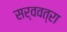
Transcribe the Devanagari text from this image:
सर्ववत्रा